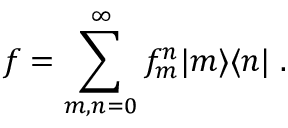
f = \sum _ { m , n = 0 } ^ { \infty } f _ { m } ^ { n } | m \rangle \langle n | \; .